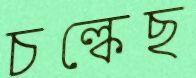
চল্‌কেছ